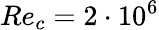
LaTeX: Re_{c}=2\cdot 10^{6}